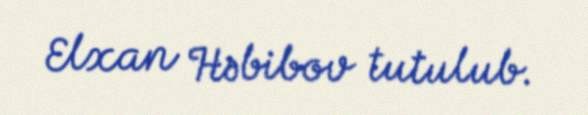
Elxan Həbibov tutulub.